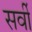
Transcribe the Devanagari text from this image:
सर्वी